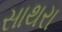
સાથરા